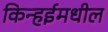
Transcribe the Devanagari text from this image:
किन्हईमधील